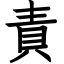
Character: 責